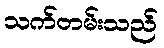
သက်တမ်းသည်